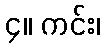
၄။ ကင်း၊